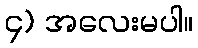
၄) အလေးမပါ။